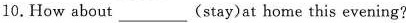
10.How about___(stay)at home this evening?